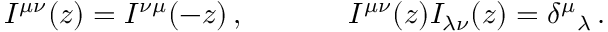
\begin{array} { c c } { { I ^ { \mu \nu } ( z ) = I ^ { \nu \mu } ( - z ) \, , ~ ~ ~ ~ } } & { { ~ ~ ~ ~ I ^ { \mu \nu } ( z ) I _ { \lambda \nu } ( z ) = \delta ^ { \mu } { } _ { \lambda } \, . } } \end{array}